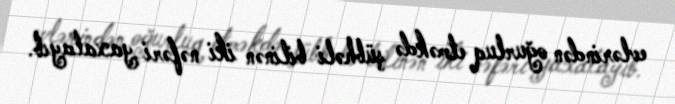
evlərindən oğurluq etməkdə şübhəli bilinən iki nəfəri yaxalayıb.